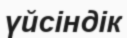
үйсіндік